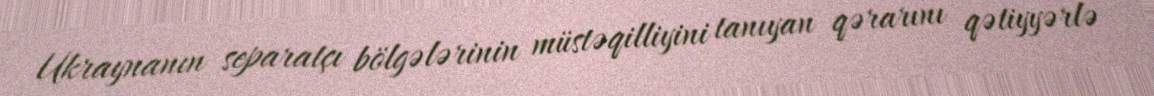
Ukraynanın separatçı bölgələrinin müstəqilliyini tanıyan qərarını qətiyyərlə